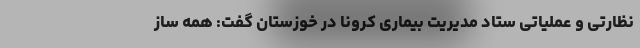
نظارتی و عملیاتی ستاد مدیریت بیماری کرونا در خوزستان گفت: همه ساز